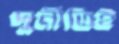
দুর্নীতিই